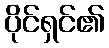
ပိုင်ရှင်၏